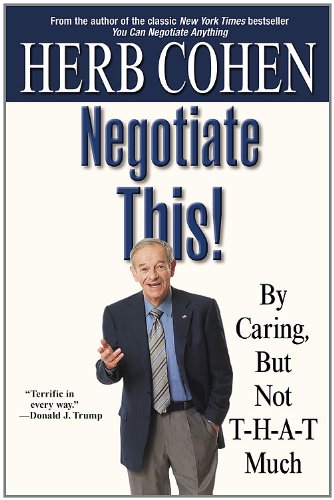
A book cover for Negotiate This!: By Caring, But Not T-H-A-T Much; Herb Cohen; Business & Money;